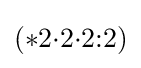
(*2{\cdot }2{\cdot }2{:}2)